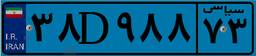
۳۸D۹۸۸۷۳